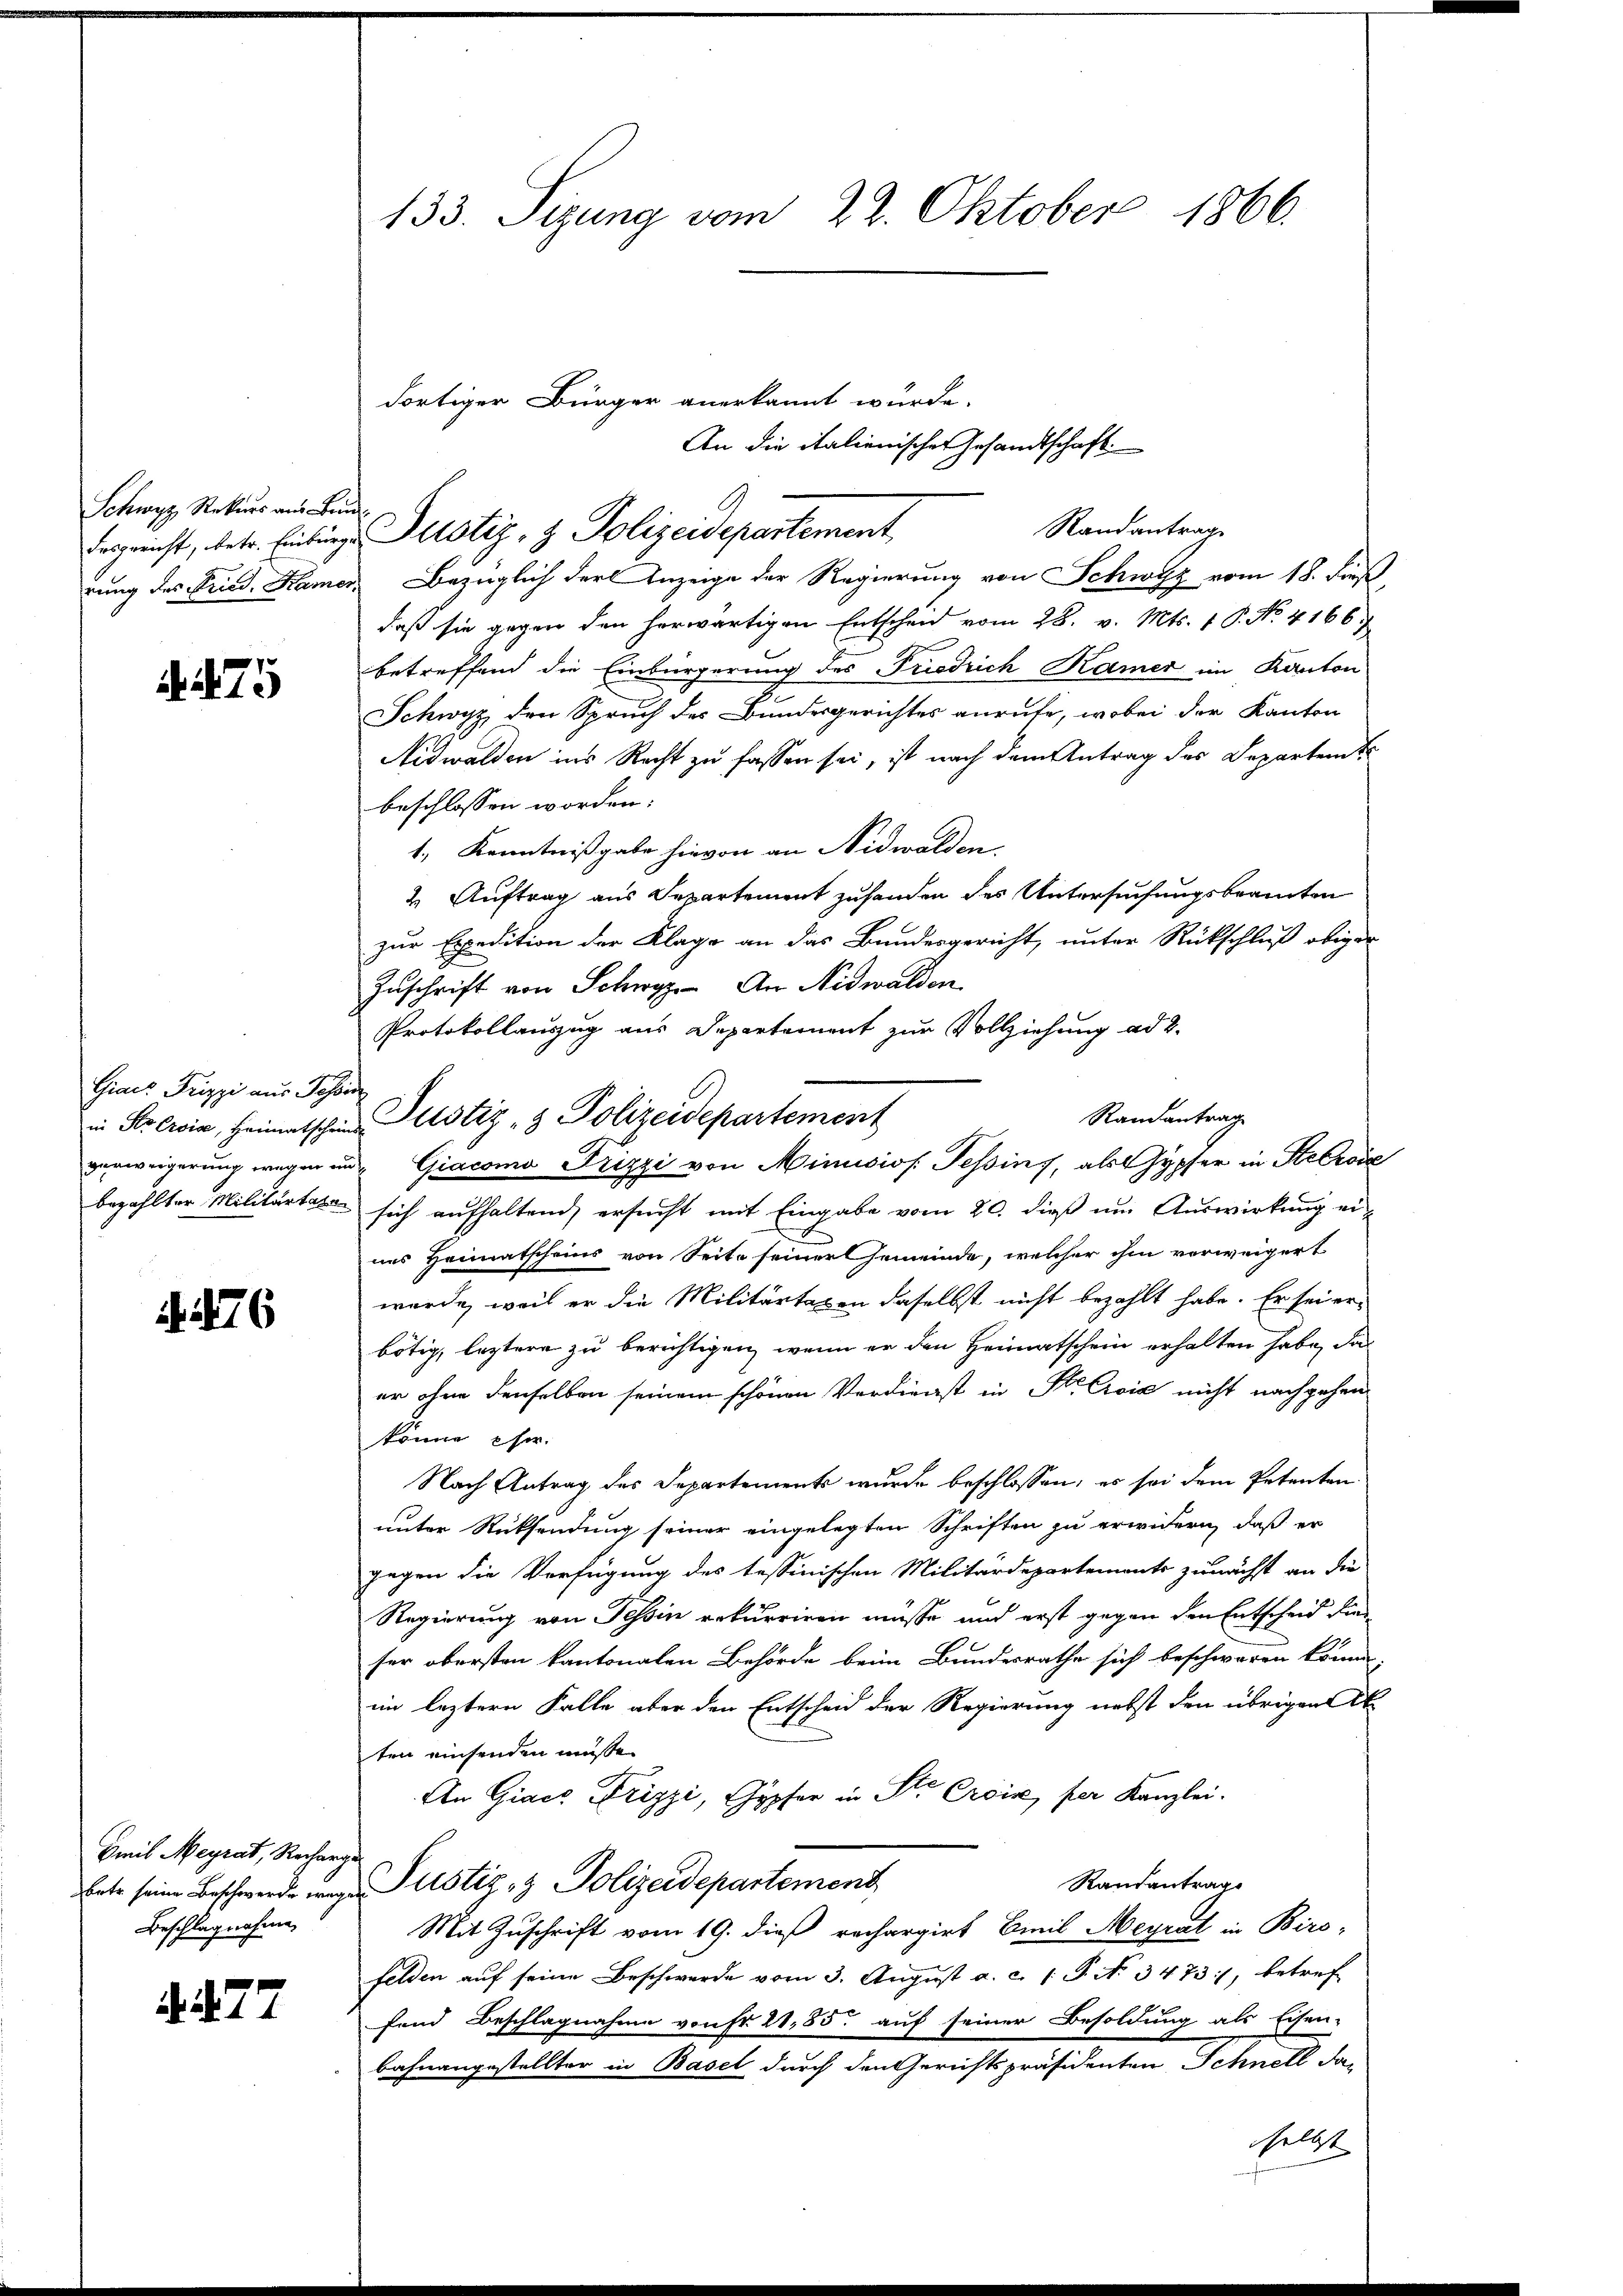
Schwyz Rekurs aus Bun
desgericht, betr. Einbürge
rung des Fried. Kamer

75

Gias Prizzi aus Joh
in der Eroice, Heimatscheins
verweigerung wegen in
bezahlter Militärtale

4. 276

Freib Meyrat, Recharge
betr. seine Beschwerde wegen
Beschlagnahme,

. . 27

133. Sizung vom 22. Oktober 1866.

Randantrag
Bezüglich der Anzeige der Regierung von Schwyz vom 18. Finst
daß sie gegen den herwärtigen Entschen vom 28. v. Mts. 1 P. No. 4166
betreffend die Einbürgerung des Friedrich Kamer im Kanton
Schwyz den Spruch des Bundesgerichtes anrufe, wobei der Kanton
Nidwalden ins Recht zu fassen sei, ist nach dem Antrag des Departent
beschlossen worden:
1., Kenntnißgabe hievon an Nidwalden.
2. Auftrag aus Departement zuhanden des Untersuchungsbeamten
zur Expedition der Klage an das Bundesgericht, unter Rückschluß obiger
Zuschrift von Schwyz. An Nidwalden
Protokollauszug aus Departement zur Vollziehung ad 2.
sich aufhaltend, ersucht mit Eingabe vom 20. dieß um Auswirkung eines Heimatscheins von Seite seiner Gemeinde, welcher ihm verweigert
wurde, weil er die Militärtaxen daselbst nicht bezahlt habe. Er sei er-
bötig, leztere zu berichtigen, wenn er den Heimatschein erhalten habe, das
er ohne denselben seinem schönen Verdienst in K. Croić nicht nachgehen
könne eher.
Nach Antrag des Departements wurde beschlossen; es sei dem Petenten
unter Rücksendung seiner eingelegten Schriften zu erwidern, daß er
gegen die Verfügung des tessinischen Militärdepartements zunächst an die
Regierung von Tessin rekurriren müsse und erst gegen den Entscheid fin
ser obersten kantonalen Behörde beim Bundesrathe sich beschwaren können,
im leztern Falle aber den Entscheid der Regierung nebst den übrigen Ak
ten einsenden müsse.
An Giacs Drizzi, Gypfer in St. Croix, per Kanzlei.
Rautantrags
Justiz- & Polizeidepartement
Mit Zuschrift vom 19. dieß rechargirt Emil Heyrat in Biro-
felden auf seine Beschwerde vom 3. August a. c. (T. No 3473, betreffend Beschlagnahme von fr. 21,85. auf seiner Besoldung als Eisen-
bahnangestellter in Basel durch den Gerichtspräsidenten Schnell das
selbst

dortiger Bürger anerkannt wurde.

Justiz- & Polizeidepartement

Justiz- & Polizeidepartement

An die italienischer Gesandtschaft.

Randantrag
Giacoma Frizzi von Minisios. Tessins, als Gypfer in Stebrie